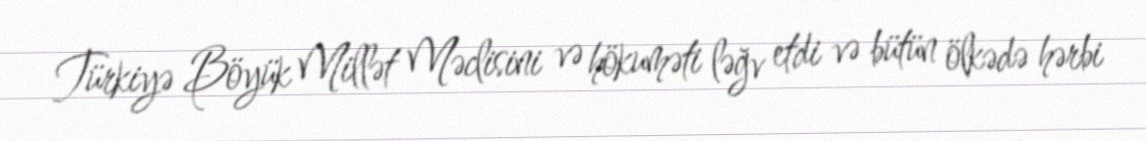
Türkiyə Böyük Millət Məclisini və hökuməti ləğv etdi və bütün ölkədə hərbi